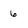
Character: 6